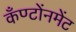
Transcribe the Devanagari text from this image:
कँण्टोंनमेंट